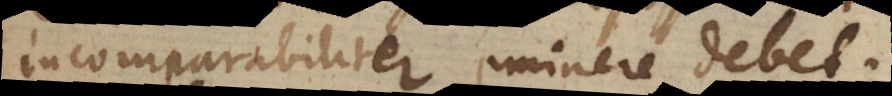
incomparabiliter eminere debet.